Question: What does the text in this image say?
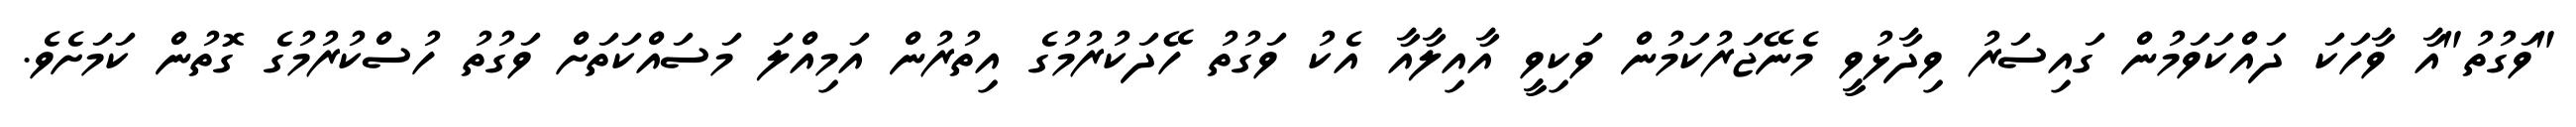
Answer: "ވަގުތު"އާ ވާހަކަ ދައްކަވަމުން ގައިސަރު ވިދާޅުވީ މެނޭޖަރުކަމުން ވަކިވީ އާއިލާއާ އެކު ވަގުތު ހޭދަކުރުމުގެ އިތުރުން އަމިއްލަ މަސައްކަތަށް ވަގުތު ހުސްކުރުމުގެ ގޮތުން ކަމަށެވެ.